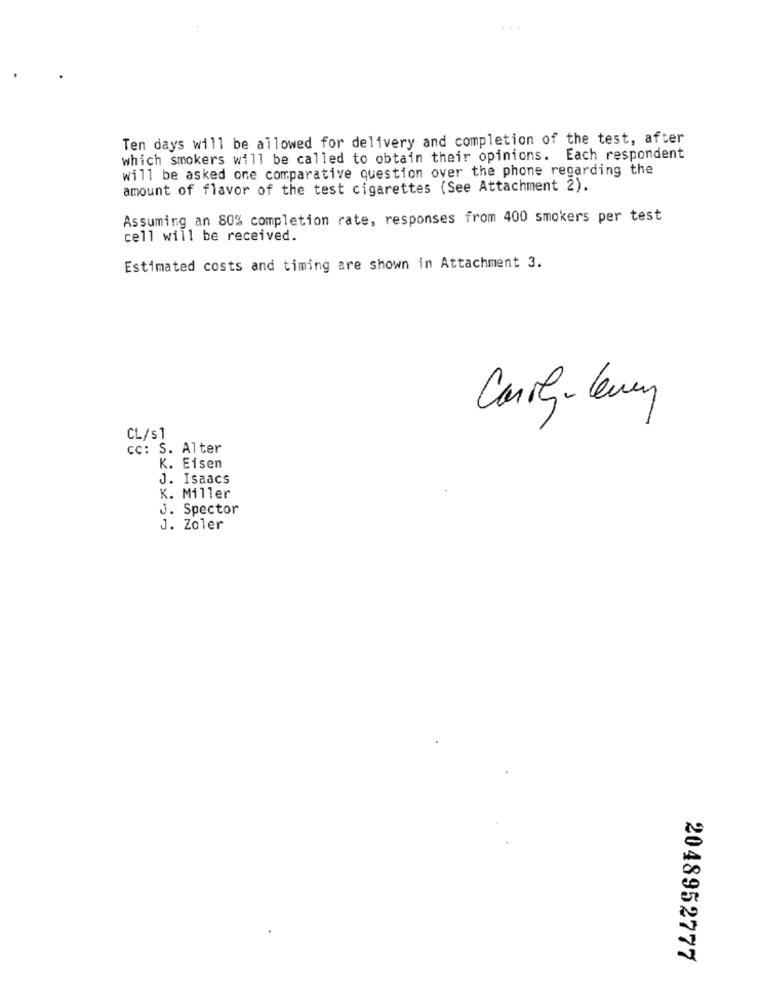
Ten days will be allowed for delivery and completion of the test, after
which smokers will be called to obtain their opinions. Each respondent
will be asked one comparative question over the phone regarding the
amount of flavor of the test cigarettes (See Attachment 2).
Assuming an 80% completion rate, responses from 400 smokers per test
cell will be received.
Estimated costs and timing are shown in Attachment 3.
CL/s1
cc: S. Alter
K. Eisen
J. Isaacs
K. Miller
J. Spector
J. Zoler
2048952777